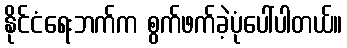
နိုင်ငံရေးဘက်က စွက်ဖက်ခဲ့ပုံပေါ်ပါတယ်။